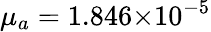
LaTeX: {\mu}_{a}=1.846{\times}10^{-5}